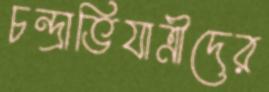
চন্দ্রাভিযাত্রীদের